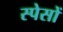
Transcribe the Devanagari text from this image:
स्पेसों